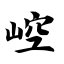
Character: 崆